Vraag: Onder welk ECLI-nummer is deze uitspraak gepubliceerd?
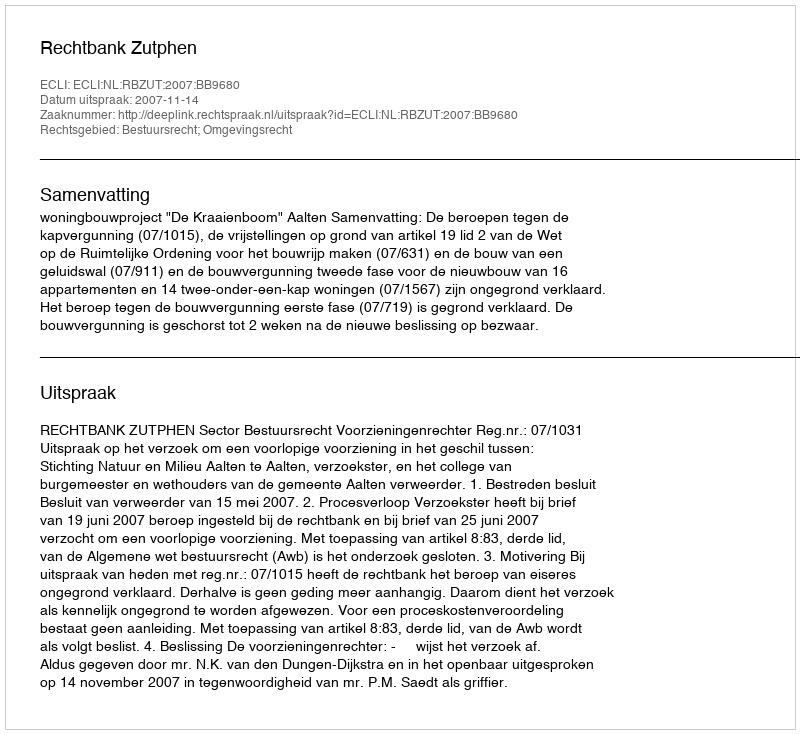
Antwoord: ECLI:NL:RBZUT:2007:BB9680